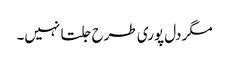
مگر دل پوری طرح جلتا نہیں۔